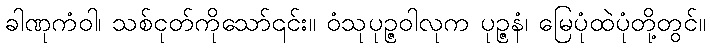
ခါဏုကံဝါ၊ သစ်ငုတ်ကိုသော်၎င်း။ ဝံသုပုဉ္ဇဝါလုက ပုဉ္ဇနံ၊ မြေပုံထဲပုံတို့တွင်။